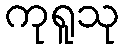
ကုရူသု